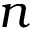
n